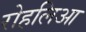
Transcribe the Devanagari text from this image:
रोहलिआ